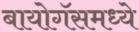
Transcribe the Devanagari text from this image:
बायोगॅसमध्ये